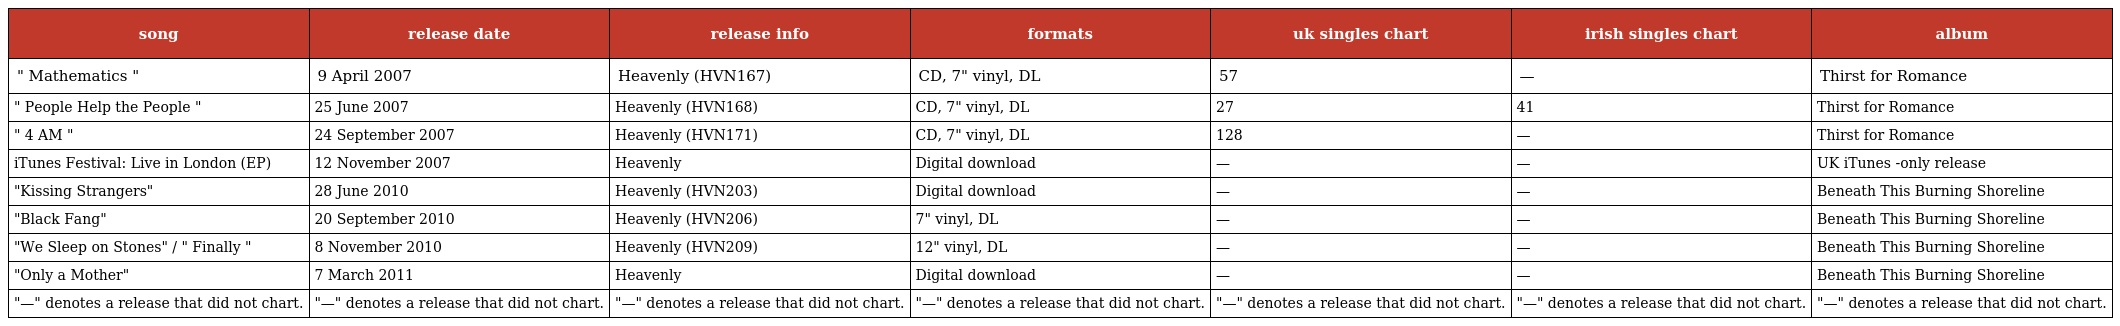
| song | release date | release info | formats | uk singles chart | irish singles chart | album |
 | --- | --- | --- | --- | --- | --- | --- |
 | " Mathematics " | 9 April 2007 | Heavenly (HVN167) | CD, 7" vinyl, DL | 57 | — | Thirst for Romance |
 | " People Help the People " | 25 June 2007 | Heavenly (HVN168) | CD, 7" vinyl, DL | 27 | 41 | Thirst for Romance |
 | " 4 AM " | 24 September 2007 | Heavenly (HVN171) | CD, 7" vinyl, DL | 128 | — | Thirst for Romance |
 | iTunes Festival: Live in London (EP) | 12 November 2007 | Heavenly | Digital download | — | — | UK iTunes -only release |
 | "Kissing Strangers" | 28 June 2010 | Heavenly (HVN203) | Digital download | — | — | Beneath This Burning Shoreline |
 | "Black Fang" | 20 September 2010 | Heavenly (HVN206) | 7" vinyl, DL | — | — | Beneath This Burning Shoreline |
 | "We Sleep on Stones" / " Finally " | 8 November 2010 | Heavenly (HVN209) | 12" vinyl, DL | — | — | Beneath This Burning Shoreline |
 | "Only a Mother" | 7 March 2011 | Heavenly | Digital download | — | — | Beneath This Burning Shoreline |
 | "—" denotes a release that did not chart. | "—" denotes a release that did not chart. | "—" denotes a release that did not chart. | "—" denotes a release that did not chart. | "—" denotes a release that did not chart. | "—" denotes a release that did not chart. | "—" denotes a release that did not chart. |